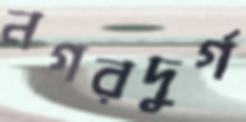
নগরদুর্গ